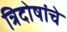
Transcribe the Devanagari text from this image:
त्रिदोषांचे